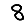
Digit: 8